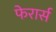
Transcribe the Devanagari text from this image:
फेरार्स